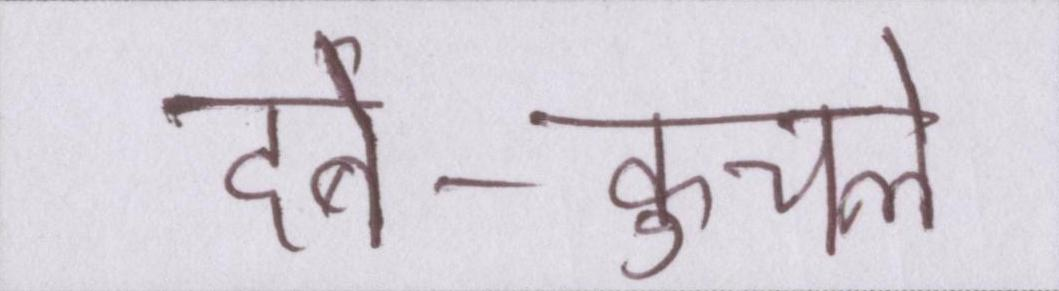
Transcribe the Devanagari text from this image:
दबे-कुचले